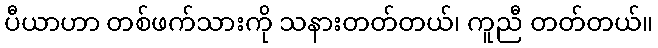
ပီယာဟာ တစ်ဖက်သားကို သနားတတ်တယ်၊ ကူညီ တတ်တယ်။